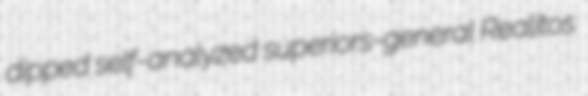
dipped self-analyzed superiors-general Realitos